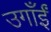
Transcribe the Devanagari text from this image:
उगाँईं